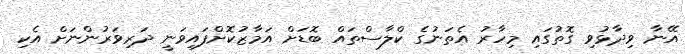
އޭނާ ވިދާޅުވި ގޮތުގައި މިހާރު އެތަނުގެ ކްލާސްތައް ބޮޑަށް އަމާޒުކޮށްފައިވަނީ ދަރިވަރުންނަށް އެކި